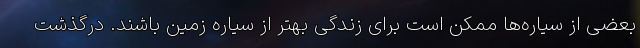
بعضی از سیاره‌ها ممکن است برای زندگی بهتر از سیاره زمین باشند. درگذشت